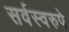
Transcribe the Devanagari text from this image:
सर्वस्वरुपे